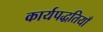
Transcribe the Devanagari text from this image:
कार्यपद्धतियाँ